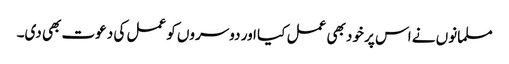
مسلمانوں نے اس پر خود بھی عمل کیا اور دوسروں کو عمل کی دعوت بھی دی۔